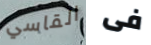
القاسي فى